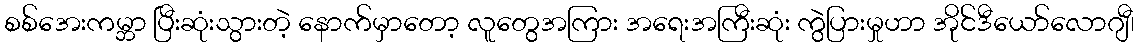
စစ်အေးကမ္ဘာ ပြီးဆုံးသွားတဲ့ နောက်မှာတော့ လူတွေအကြား အရေးအကြီးဆုံး ကွဲပြားမှုဟာ အိုင်ဒီယော်လောဂျီ၊